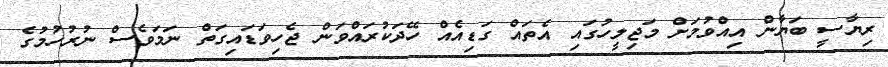
ރިޔާސީ ބަޔާން އިއްވުމަށް މަޖިލީހުގައި އެތައް ގަޑިއެއް ހޭދަކުރައްވަން ޖެހިވަޑައިގަތް ނަމަވެސް ނުރުހުމުގެ